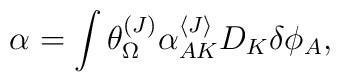
\alpha=\int \theta^{(J)}_{\Omega}\alpha_{AK}^{\langle J\rangle}D_K\delta\phi_A,